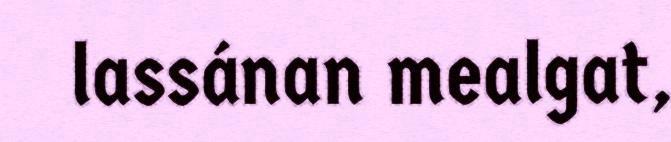
lassánan mealgat,